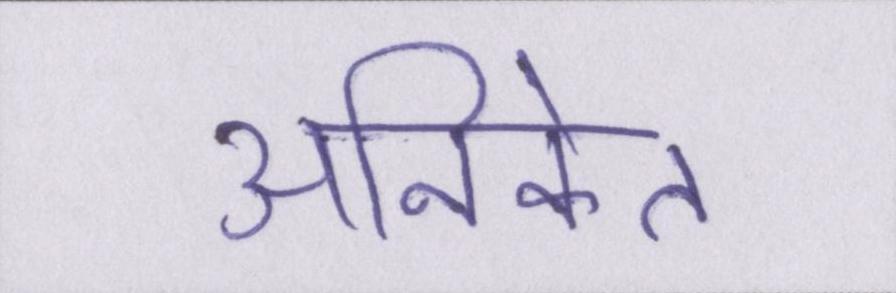
अनिकेत